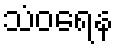
သံဝရေန